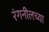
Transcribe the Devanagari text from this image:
रंगनीलच्या